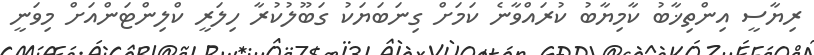
ރިޔާސީ އިންތިޚާބު ކާމިޔާބު ކުރައްވާނެ ކަމަށް ގިނަބަޔަކު ގަބޫލުކުރާ ހިލަރީ ކްލިންޓަންއަށް މިވަނީ